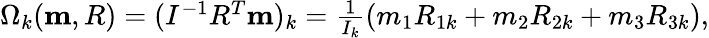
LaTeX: \begin{array}{r}{\Omega_{k}({\mathbf m,R})=(I^{-1}R^{T}{\mathbf m})_{k}=\frac{1}{I_{k}}(m_{1}R_{1k}+m_{2}R_{2k}+m_{3}R_{3k}),}\end{array}